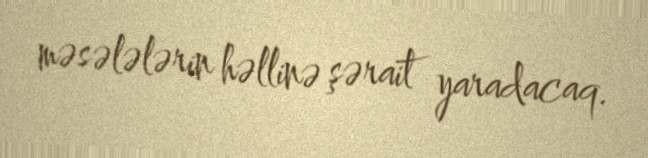
məsələlərin həllinə şərait yaradacaq.